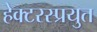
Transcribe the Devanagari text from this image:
हेक्टरस्प्रयुत